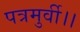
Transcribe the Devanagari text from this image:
पत्रमुर्वी।।